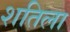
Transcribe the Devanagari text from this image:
शतिला